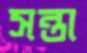
সন্তা